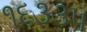
૧૬૩૩૫